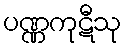
ပဏ္ဏကုဋီသု